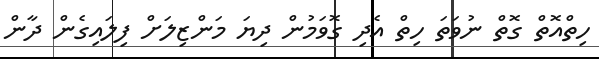
ހިތްއޮތް ގޮތް ނުވަތަ ހިތް އެދި ގޮވަމުން ދިޔަ މަންޒިލަށް ފިލައިގެން ދާން